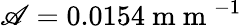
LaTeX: \mathscr{A}=0.0154\mathrm{{~m~m~}}^{-1}